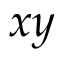
x y